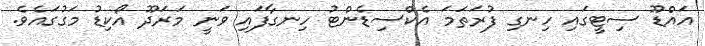
އައްޑޫ ސިޓީގައި ހިނގި ފުރަތަމަ އެކްސިޑެންޓު ހިނގާފައި ވަނީ މަރަދޫ އޯކިޑު މަގުގައެވެ.